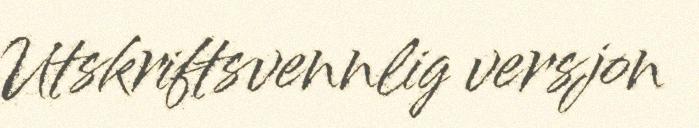
Utskriftsvennlig versjon